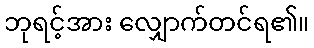
ဘုရင့်အား လျှောက်တင်ရ၏။